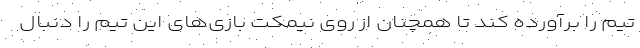
تیم را برآورده کند تا همچنان از روی نیمکت بازی‌های این تیم را دنبال